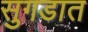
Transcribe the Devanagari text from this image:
सुगडात